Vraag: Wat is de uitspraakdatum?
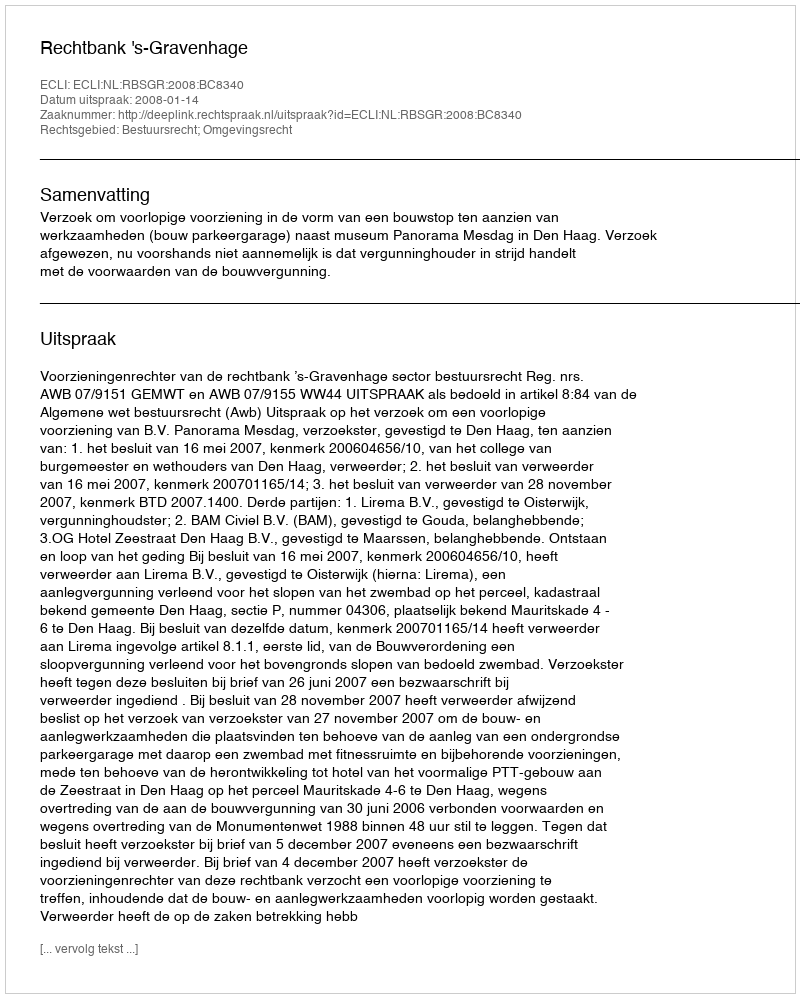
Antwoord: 2008-01-14